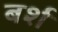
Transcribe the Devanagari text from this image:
बर्श